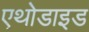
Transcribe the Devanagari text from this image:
एथोडाइड